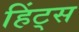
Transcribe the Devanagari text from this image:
हिंट्स